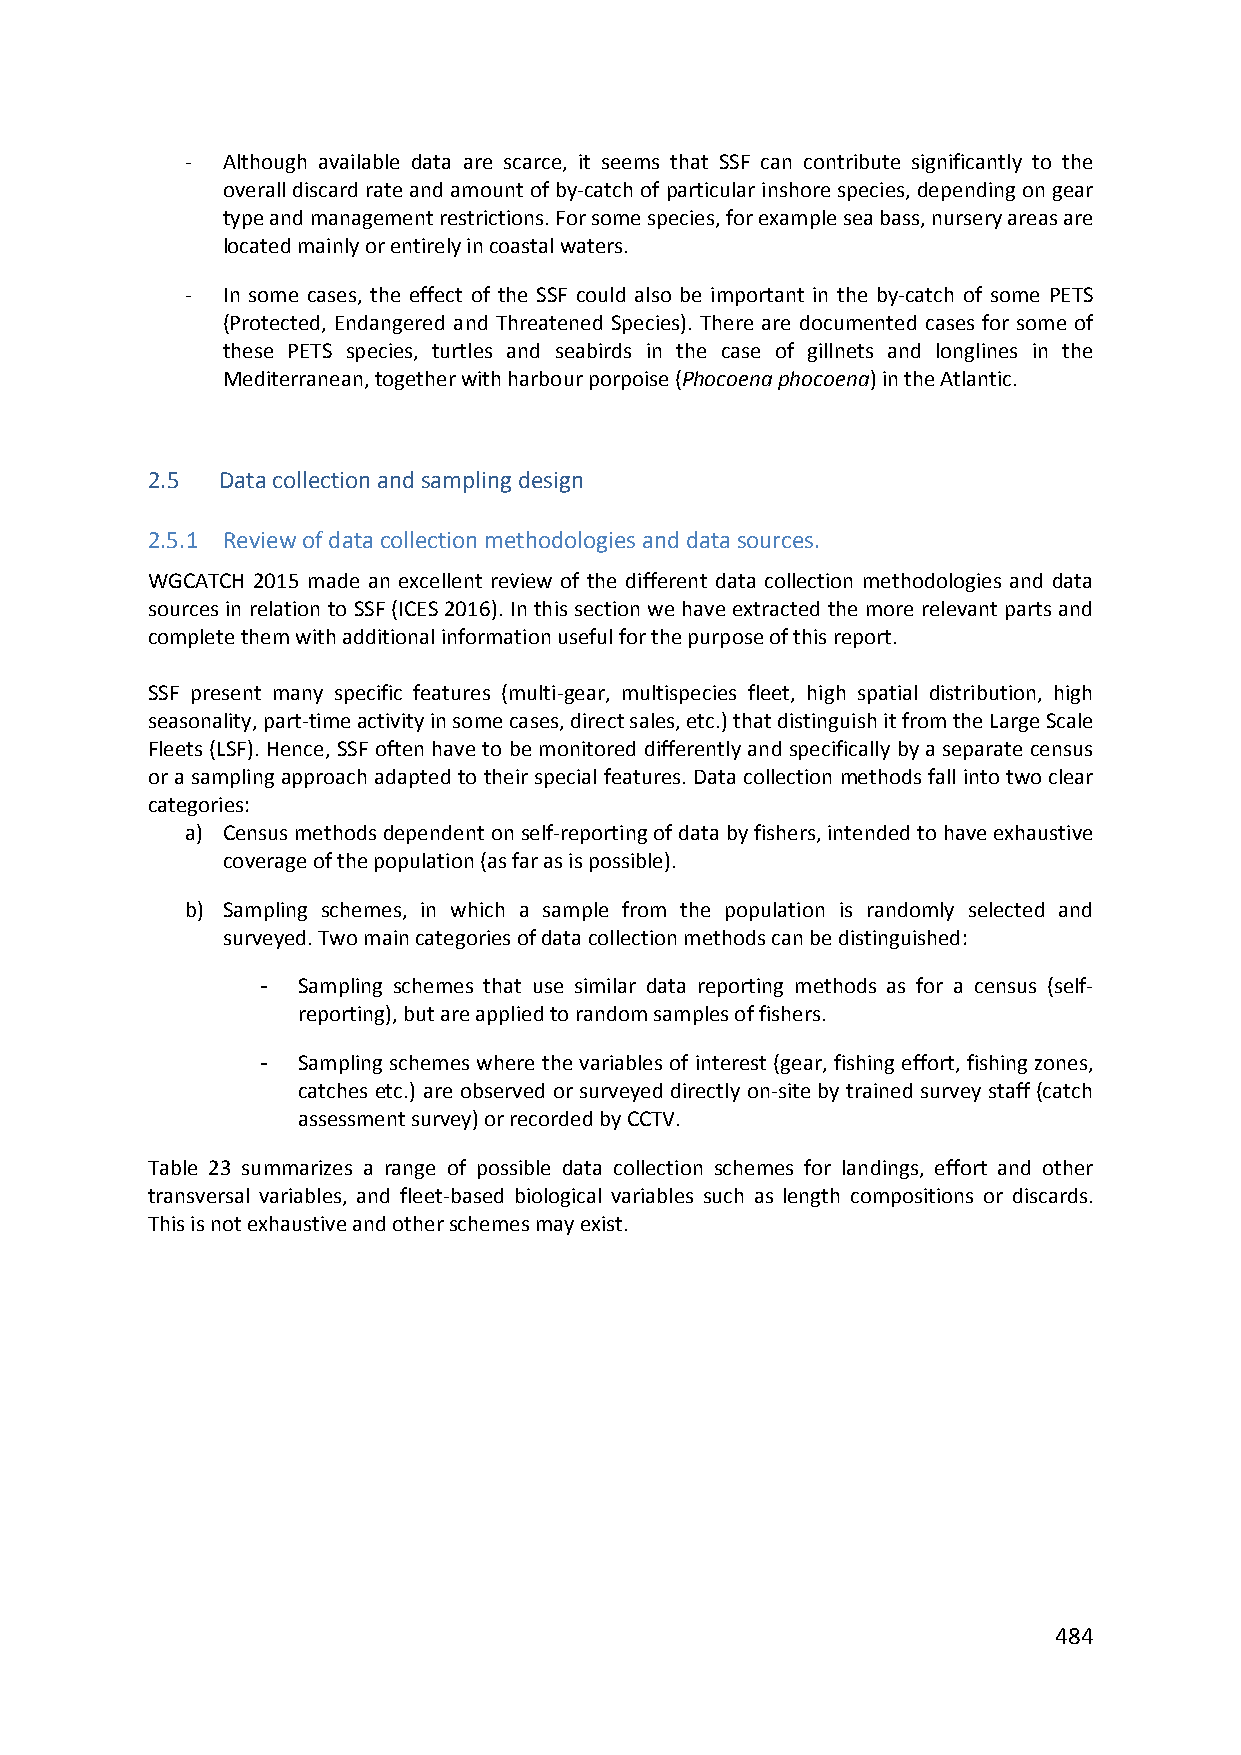
‐  Although available data are scarce, it seems that SSF can contribute significantly to the
 overall discard rate and amount of by‐catch of particular inshore species, depending on gear
 type and management restrictions. For some species, for example sea bass, nursery areas are
 located mainly or entirely in coastal waters.
 ‐  In some cases, the effect of the SSF could also be important in the by‐catch of some PETS
 (Protected, Endangered and Threatened Species). There are documented cases for some of
 these PETS species, turtles and seabirds in the case of gillnets and longlines in the
 Mediterranean, together with harbour porpoise (Phocoena phocoena) in the Atlantic.
 2.5 Data collection and sampling design
 2.5.1 Review of data collection methodologies and data sources.
 WGCATCH 2015 made an excellent review of the different data collection methodologies and data
 sources in relation to SSF (ICES 2016). In this section we have extracted the more relevant parts and
 complete them with additional information useful for the purpose of this report.
 SSF present many specific features (multi‐gear, multispecies fleet, high spatial distribution, high
 seasonality, part‐time activity in some cases, direct sales, etc.) that distinguish it from the Large Scale
 Fleets (LSF). Hence, SSF often have to be monitored differently and specifically by a separate census
 or a sampling approach adapted to their special features. Data collection methods fall into two clear
 categories:
 a) Census methods dependent on self‐reporting of data by fishers, intended to have exhaustive
 coverage of the population (as far as is possible).
 b) Sampling schemes, in which a sample from the population is randomly selected and
 surveyed. Two main categories of data collection methods can be distinguished:
 -  Sampling schemes that use similar data reporting methods as for a census (self‐
 reporting), but are applied to random samples of fishers.
 -  Sampling schemes where the variables of interest (gear, fishing effort, fishing zones,
 catches etc.) are observed or surveyed directly on‐site by trained survey staff (catch
 assessment survey) or recorded by CCTV.
 Table 23 summarizes a range of possible data collection schemes for landings, effort and other
 transversal variables, and fleet‐based biological variables such as length compositions or discards.
 This is not exhaustive and other schemes may exist.
 484